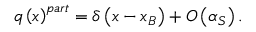
q \left( x \right) ^ { p a r t } = \delta \left( x - x _ { B } \right) + O \left( \alpha _ { S } \right) .